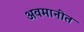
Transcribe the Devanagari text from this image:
अवमानीत